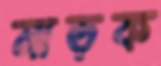
নাড়ক